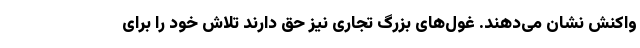
واکنش نشان می‌دهند. غول‌های بزرگ تجاری نیز حق دارند تلاش خود را برای